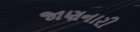
જાણનારી